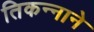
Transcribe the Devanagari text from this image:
तिकन्नाने